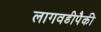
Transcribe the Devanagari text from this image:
लागवडीपैकी